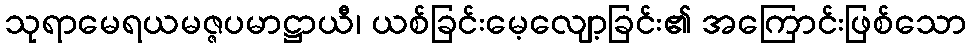
သုရာမေရယမဇ္ဇပမာဋ္ဌာယီ၊ ယစ်ခြင်းမေ့လျော့ခြင်း၏ အကြောင်းဖြစ်သော